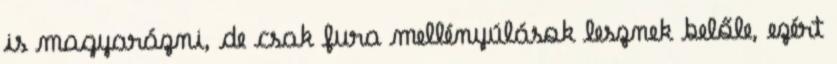
is magyarázni, de csak fura mellényúlások lesznek belőle, ezért